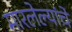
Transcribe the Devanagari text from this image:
मारलेल्यांचे